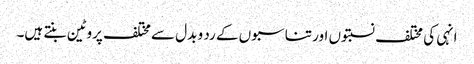
انہی کی مختلف نسبتوں اور تناسبوں کے رد و بدل سے مختلف پروٹین بنتے ہیں۔